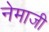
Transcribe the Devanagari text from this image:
नेमाजी